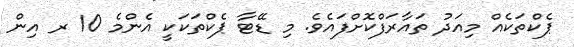
ޕެކްތަކެއް މިއަދު ތައާރަފްކޮށްފައެވެ. މި ޑޭޓާ ޕެކްތަކަކީ އެންމެ 10 ރ އިން